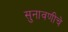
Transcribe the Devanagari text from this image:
सुनावणीचे